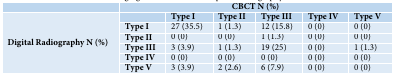
<table><thead><tr><td>[EMPTY_CELL]</td><td colspan="6"><b>CBCT N (%)</b></td></tr><tr><td>[EMPTY_CELL]</td><td>[EMPTY_CELL]</td><td><b>Type I</b></td><td><b>Type II</b></td><td><b>Type III</b></td><td><b>Type IV</b></td><td><b>Type V</b></td></tr></thead><tbody><tr><td rowspan="5">Digital Radiography N (%)</td><td>Type I</td><td>27 (35.5)</td><td>1 (1.3)</td><td>12 (15.8)</td><td>0 (0)</td><td>0 (0)</td></tr><tr><td>Type II</td><td>0 (0)</td><td>0 (0)</td><td>1 (1.3)</td><td>0 (0)</td><td>0 (0)</td></tr><tr><td>Type III</td><td>3 (3.9)</td><td>1 (1.3)</td><td>19 (25)</td><td>0 (0)</td><td>1 (1.3)</td></tr><tr><td>Type IV</td><td>0 (0)</td><td>0 (0)</td><td>0 (0)</td><td>0 (0)</td><td>0 (0)</td></tr><tr><td>Type V</td><td>3 (3.9)</td><td>2 (2.6)</td><td>6 (7.9)</td><td>0 (0)</td><td>0 (0)</td></tr></tbody></table>